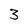
Character: 3